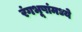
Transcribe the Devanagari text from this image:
रंगभूषांमध्ये